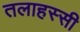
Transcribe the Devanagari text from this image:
तलाहस्सी